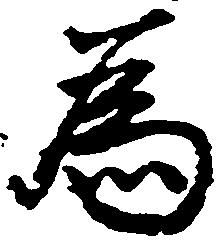
為